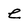
Character: e